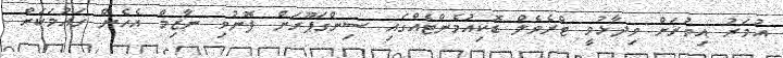
އުމަރު އިތުރަށް ވިދާޅުވީ ޓްރެވެލް ޑޮކިއުމެންޓެއްގައި ސިންގަޕޫރަށް ފޮނުވި ނާޒިމް އެހެން ގައުމަކަށް